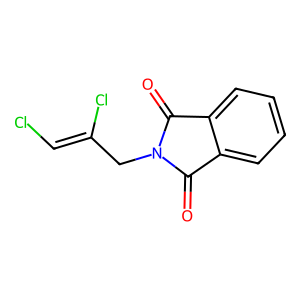
SMILES: O=C1c2ccccc2C(=O)N1CC(Cl)=CCl
Inhibits HIV replication: No